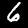
Digit: 6